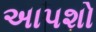
અાપશો